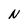
Character: N